Annual report on the health of the army in India
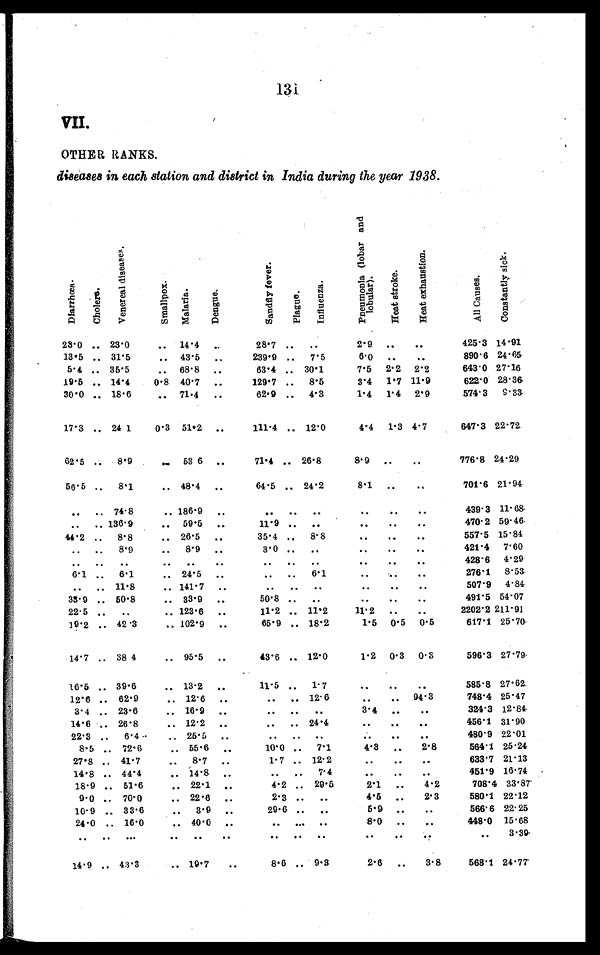
131
VII.
OTHER RANKS.
diseases in each station and district in India during the year 1938.
D f a r r h œ a .
Chol er a.
V e n e r e a l d i s e a s e s .
S m a l l p o x .
M a l a r i a .
D e n g u e .
S a n d f l y f e v e r .
P l a g u e .
I n f l u e n z a .
P n e u m o n i a ( l o b a r a n d l o b u l a r ) .H
e a t s t r o k e .
H e a t e x h a u s t i o n .
A l l C a u s e s .
C o n s t a n t l y s i c k .
23.0 . . . 23.0
. . .
14.4
. . .
28.7 . . .
. . .
2.9
. . .
. . .
425.3 14.91
13.5
890.6 24.65
. . . 31.5
. . . 43.5
. . . .
239.9 . . .
7.5
6.0 . . .
. . .
5.4 . . . 35.5
. . .
68.8
. . .
63.4 . . . 30.1
7.5
2.2
2.2
643.0 27.16
19.5 . . . 14.4
0.8 40.7
. . .
129.7 . . .
8.5
8 . 41.7 11.9
622.0 28.36
30.0 . . . 18.6
. . .
71.4
. . .
62.9 . . .
4.3
1.4
1.4
2.9
574.3
9.33
17.3 . . . 24 1
0.3 51.2
. . .
111.4 . . . 12.0
4.4
1.3 4.7
647.3 22.72
62.5 . . .
8.9
. . . 53 6
. . .
71.4
. . . 26.8
8.9 . . .
. . .
776.8 24.29
56.5 . . .
8.1
. . . 48.4
. . .
64.5 . . . 24.2
8.1 . . .
. . .
701.6 21.94
. . .
. . . 74.8
. . . 186.9
. . .
. . .
. . .
. . .
. . .
. . .
. . .
439.3 11.68
. . .
. . . 136.9
. . . 59.5
11.9 . . .
. . .
. . .
. . .
. . .
470.2 59.46
. . .
44.2 . . .
8.8
. . . 26.5
. . .
35.4 . . .
8.8
. . .
. . .
. . .
557.5 15.84
. . . . . .
8.9
. . .
8.9
. . .
3.0 . . .
. . .
. . .
. . .
. . .
421.4
7.60
. . .
. . .
. . .
. . .
. . .
. . .
. . .
. . .
. . .
. . .
. . .
. . .
428.6
4.29
6.1 . . .
6.1
. . . 24.5
. . .
. . . . . .
6.1
. . .
. . .
. . .
276.1
8.53
. . .
. . . 11.8
. . . 141.7
. . .
. . .
. . .
. . .
. . .
. . .
. . .
507.9
4.84
33.9 . . . 50.8
. . . 33.9
. . .
50.8 . . .
. . .
. . .
. . .
. . .
491.5 54.07
22.5 . . .
. . .
. . . 123.6
. . .
11.2 . . . 11.2
11.2 . . .
. . .
2202.2 211.91
19.2 . . . 42.3
. . . 102.9
. . .
65.9 . . . 18.2
1.5
0.5
0.5
617.1 25.70
14.7 . . . 38 4
. . . 95.5
. . .
43.6 . . . 12.0
1.2
0.3
0.3
596.3 27.79
16.5 . . . 39.6
. . . 13.2
. . .
11.5 . . .
1.7
. . .
. . .
. . .
585.8 27.62
12.6 . . . 62.9
. . 12.6
. . .
. . .
. . . 12.6
. . .
. . . 94.3
748.4 25.47
3.4 . . . 23.6
. . 16.9
. . .
. . .
. . .
. . .
3.4 . . .
. . .
324.3 12.84
14.6 . . . 26.8
. . 12.2
. . .
. . .
. . . 24.4
. . .
. . .
. . .
456.1 31.90
22.3 . . .
6. 4
. . 25.5
. . .
. . .
. . .
. . .
. . .
. . .
. . .
480.9 22.01
8.5
. . . 72.6
. . . 55.6
. . .
10.0 . . .
7.1
. . .
2.8
564.1 25.24
4.3
27.8
. . . 41.7
. . 8.7
. . .
1.7 . . . 12.2
. . .
. . .
. . .
633.7 21.13
14.8
. . . 44.4
. . . 14.8
. . .
. . .
. . .
7.4
. . .
. . .
. . .
451.9 16.74
18.9
. . . 51.6
. . 22.1
. . .
4.2
. . . 29.5
2.1
. . .
4.2
708.4 33.87
9.0
. . . 70.0
. . . 22.6
. . .
2.3
. . .
. . .
4.5
. . .
2.3
580.1 22.12
10 . 9
. . . 33.6 . . .
3.9
. . .
29.6
. . .
. . .
5.9
. . .
. . .
566.6 22.25
24.0
. . . 16.0
. . . 40.0
. . .
. . .
. . .
. . .
8.0
. . .
. . .
448.0
15.68
. . .
. . .
. . .
. . .
. . .
. . .
. . .
. . .
. . .
. . .
. . .
. . .
. . .
3.39
14.9 . . . 43.3
. . . 19.7
. . .
8.6
. . . 9.3
2.6
. . .
3.8
568.1 24.77